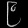
Digit: ၉